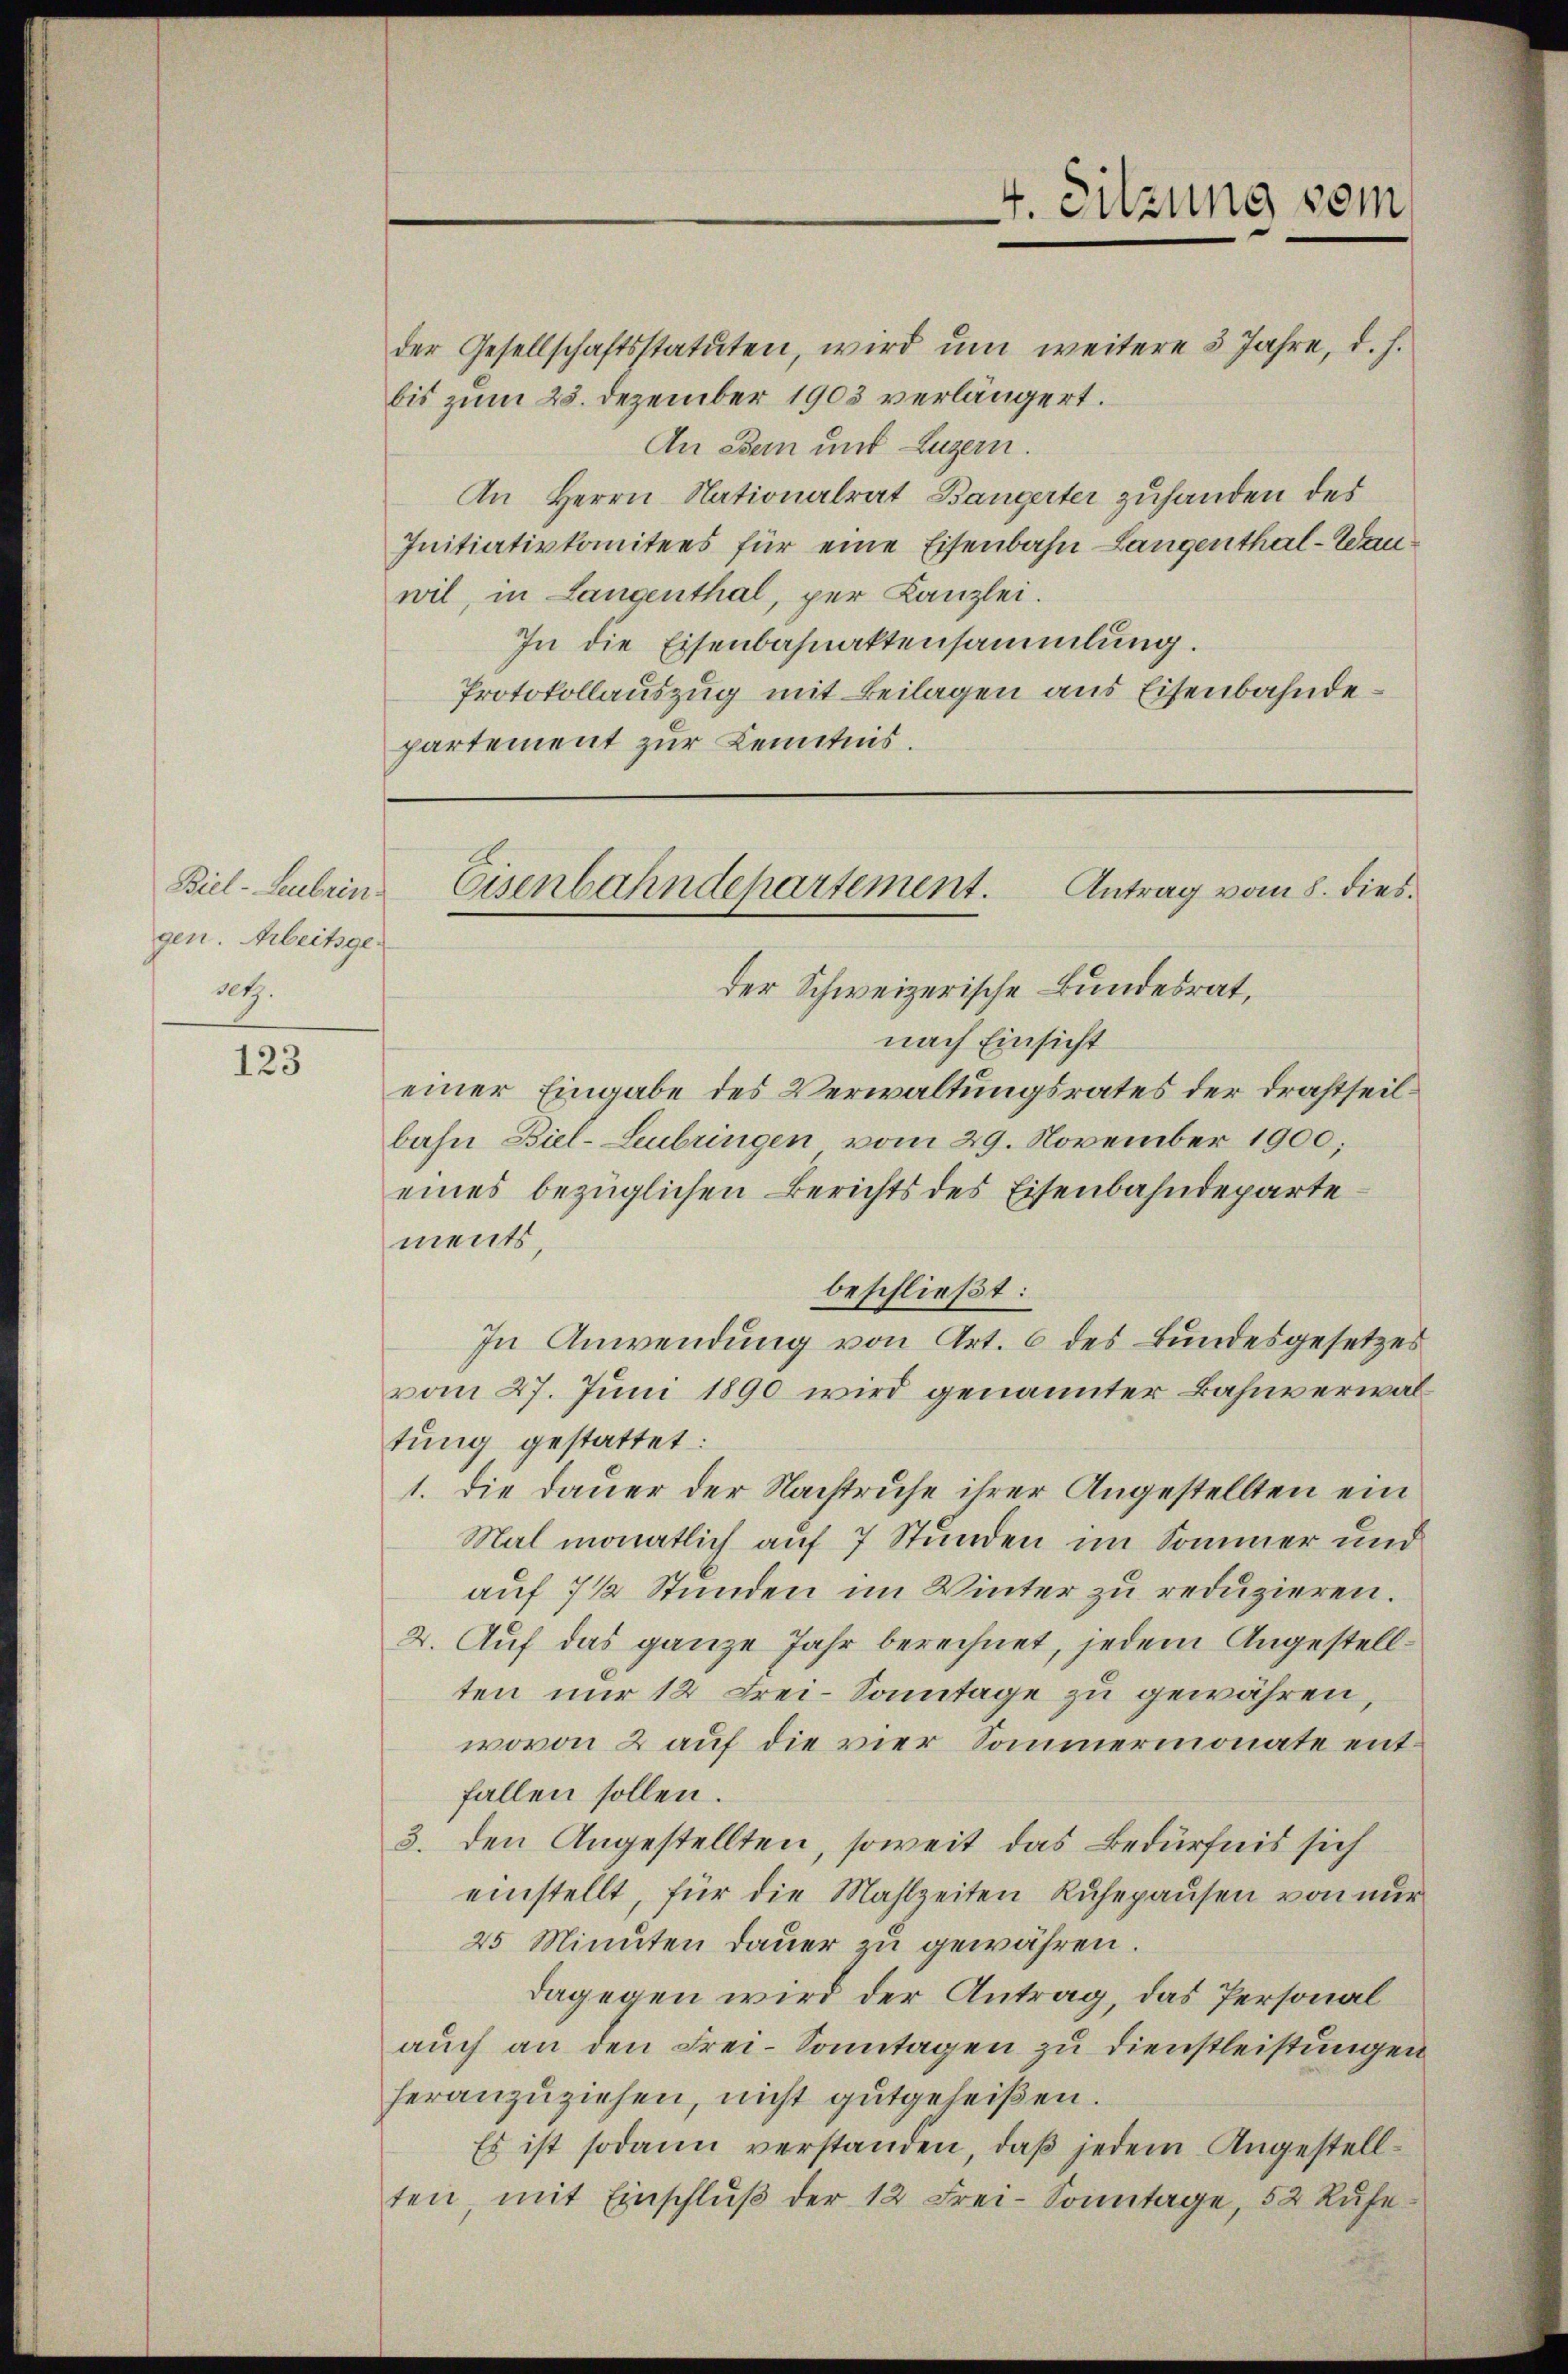
Biel-Leubrin
gen. Arbeitgedt.

123

partement zur Kenntnis.
einer Eingabe des Verwaltungsrates der Drahtheilbahn Biel-Leubringen vom 29. November 1900;

der Gesellschaftsstatuten, wird ŭm weitere 5 Jahre, d. h.
bis zum 25. Dezember 1903 verlängert.
An Dein und Luzern.
An Herrn Nationalrat Bangerter zuhanden des
Initiativkomitees für eine Eisenbahn Langenthal-Wan
wil, in Langenthal, per Kanzlei.
In die Eisenbahnaktensammlung.
Protokollauszug mit Beilagen aus Eisenbahndeder Schweizerische Bundesrat,
nach Einsicht
eines bezüglichen Berichts des Eisenbahndeparte
ments,
beschließt:
In Anwendung von Art. 6 des Bundesgesetzes
vom 27. Juni 1890 wird genannter Bahnverwaltung gestattet:
1. Die Dauer der Nachtruhe ihrer Angestellten ein
Mal monatlich auf 7 Stunden im Sommer und
auf 7 1/2 Stunden im Winter zu reduzieren.
2. Auf das ganze Jahr berechnet, jedem Angestellten nur 12 Frei-Sonntage zu gewähren,
wovon 2 auf die vier Sommermonate entfallen sollen.
3. den Angestellten, soweit das Bedürfnis sich
einstellt, für die Mahlzeiten Ruhepausen von nur
25 Minuten dauer zu gewähren.
dagegen wird der Antrag, das Personal
auch an den Frei-Sonntagen zu Dienstleistungen
heranzuziehen, nicht gutgeheißen.
Es ist sodann verstanden, daß jedem Angestellten, mit Einschlŭβ der 12 Frei-Sonntage, 52 Rufe

4. Sitzung vom

Antrag vom 8. dies.
Eisenbahndepartement.